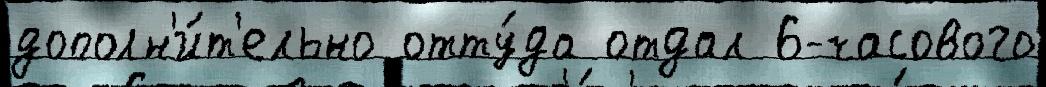
дополн'и́т'ельно отту́да отдал 6-часового